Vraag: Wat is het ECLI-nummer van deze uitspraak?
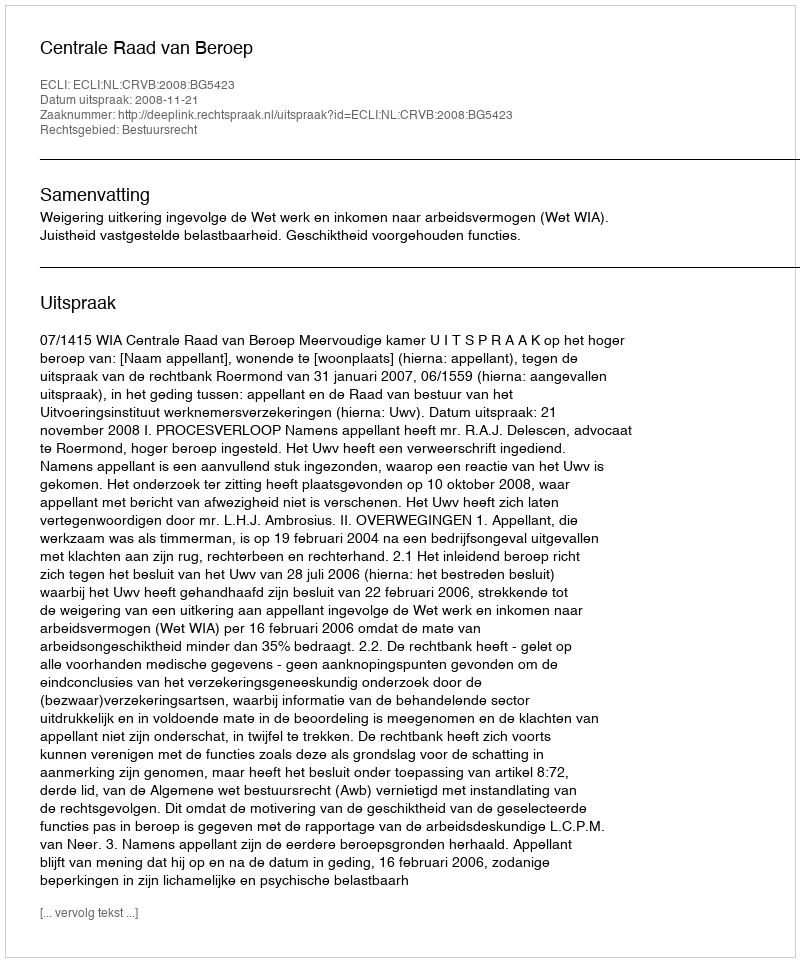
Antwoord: ECLI:NL:CRVB:2008:BG5423